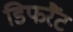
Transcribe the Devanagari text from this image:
डिफरैंट